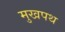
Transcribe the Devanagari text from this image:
मुखपथ